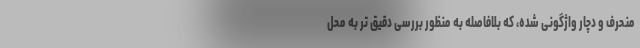
منحرف و دچار واژگونی شده، که بلافاصله به منظور بررسی دقیق تر به محل